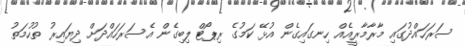
ސަރަހައްދުގައި މާރާމާރީއެއް ހިނގައިގެން އުޅޭ ކަމުގެ ރިޕޯޓް ލިބިގެން އެސަރަހައްދަށް ދިޔައިރު ތުހުމަތު